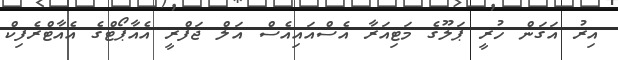
އިރު އަގަން ހުރީ ޕަލޫގެ މަޓިއަރާ އެސްއައިއެސް އަލް ޖަފްރީ އެއާޕޯޓްގެ އެއާޓްރެފިކް